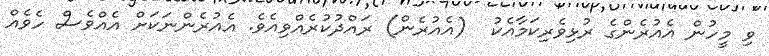
ވި މީހުން އެއުރެންގެ ރުޅިވެރިކަމާއެކު  (އެއުރެން) ރައްދުކުރެއްވިއެވެ. އެއުރެންނަކަށް އެއްވެސް ހެވެއް